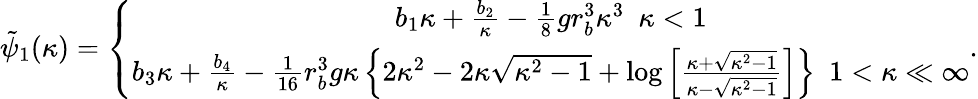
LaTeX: \begin{array}{r}{\tilde{\psi}_{1}(\kappa)=\left\{ \begin{array}{c}{b_{1}\kappa+\frac{b_{2}}{\kappa}-\frac{1}{8}gr_{b}^{3}\kappa^{3}~~\kappa<1}\\ {b_{3}\kappa+\frac{b_{4}}{\kappa}-\frac{1}{16}r_{b}^{3}g\kappa\left\{ 2\kappa^{2}-2\kappa\sqrt{\kappa^{2}-1}+\log\left[\frac{\kappa+\sqrt{\kappa^{2}-1}}{\kappa-\sqrt{\kappa^{2}-1}}\right]\right\} ~~1<\kappa\ll\infty}\end{array}\right..}\end{array}